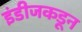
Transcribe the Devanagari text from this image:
इंडीजकडून